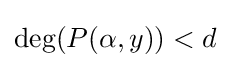
\deg(P(\alpha ,y))<d